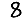
Digit: 8